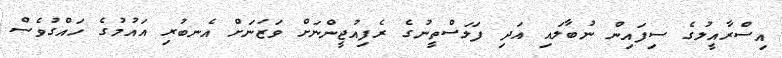
އިސްރާއީލުގެ ސިފައިން ނުބާލައި އަދި ފަލަސްތީނުގެ ރެފިއުޖީންނަށް ވަޒަނަށް އެނބުރި އައުމުގެ ހައްގުވެސް